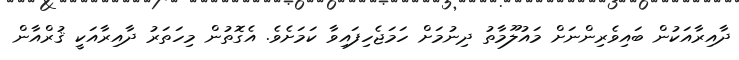
ދާއިރާއަކުން ބައިވެރިންނަށް މައުލޫމާތު ދިނުމަށް ހަމަޖެހިފައިވާ ކަމަށެވެ. އެގޮތުން މިހަތަރު ދާއިރާއަކީ ޤުރްއާން